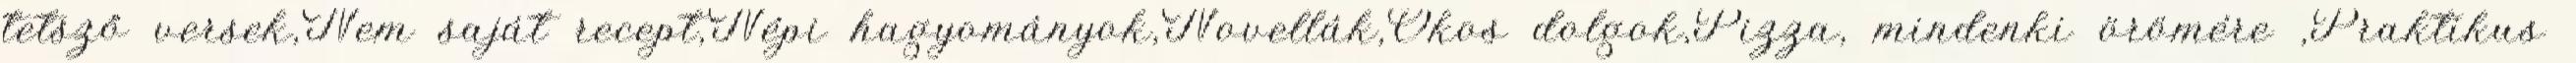
tetsző versek,Nem saját recept,Népi hagyományok,Novellák,Okos dolgok,Pizza, mindenki örömére ,Praktikus